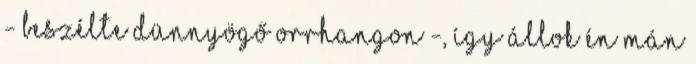
- beszélte dünnyögő orrhangon -, így állok én mán